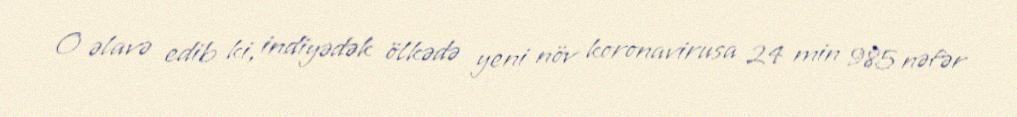
O əlavə edib ki, indiyədək ölkədə yeni növ koronavirusa 24 min 985 nəfər